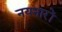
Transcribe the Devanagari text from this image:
नयनारों